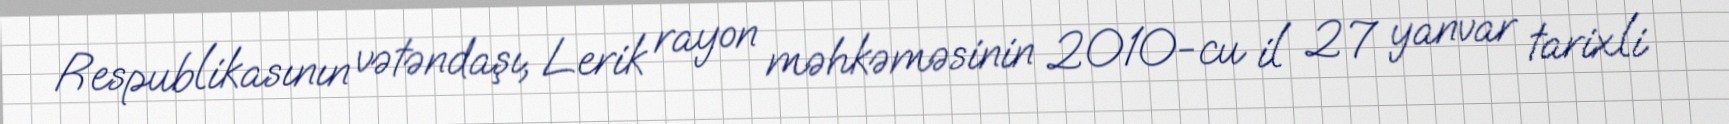
Respublikasının vətəndaşı, Lerik rayon məhkəməsinin 2010-cu il 27 yanvar tarixli